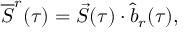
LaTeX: \overline { { { \cal S } } } ^ { r } ( \tau ) = \vec { \cal S } ( \tau ) \cdot \hat { b } _ { r } ( \tau ) ,